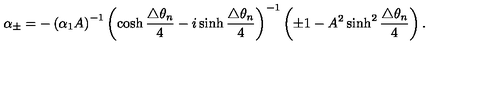
\alpha _ { \pm } = - \left( \alpha _ { 1 } A \right) ^ { - 1 } \left( \cosh \frac { \triangle \theta _ { n } } { 4 } - i \sinh \frac { \triangle \theta _ { n } } { 4 } \right) ^ { - 1 } \left( \pm 1 - A ^ { 2 } \sinh ^ { 2 } \frac { \triangle \theta _ { n } } { 4 } \right) .